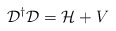
\begin{align*}{\cal{D}}^{\dagger}{\cal{D}}= {\cal{H}} + V\end{align*}